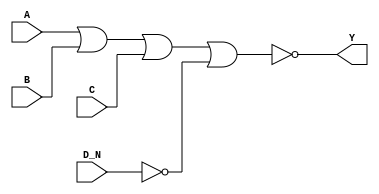
module sky130_fd_sc_hdll__nor4b (
    Y  ,
    A  ,
    B  ,
    C  ,
    D_N
);

    // Module ports
    output Y  ;
    input  A  ;
    input  B  ;
    input  C  ;
    input  D_N;

    // Local signals
    wire not0_out  ;
    wire nor0_out_Y;

    //  Name  Output      Other arguments
    not not0 (not0_out  , D_N              );
    nor nor0 (nor0_out_Y, A, B, C, not0_out);
    buf buf0 (Y         , nor0_out_Y       );

endmodule